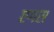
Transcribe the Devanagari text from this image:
एगस